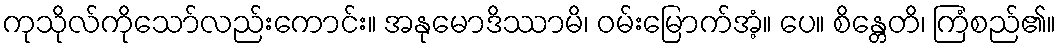
ကုသိုလ်ကိုသော်လည်းကောင်း။ အနုမောဒိဿာမိ၊ ဝမ်းမြောက်အံ့။ ပေ။ စိန္တေတိ၊ ကြံစည်၏။